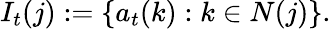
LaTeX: I_{t}(j):=\{ a_{t}(k):k\in N(j)\} .